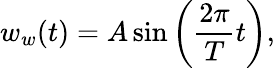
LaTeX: w_{w}(t)=A\sin\left(\frac{2\pi}{T}t\right),